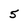
Character: 5